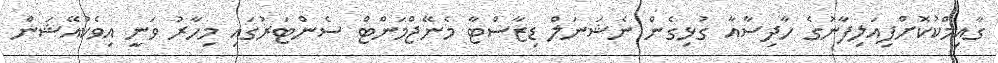
ގާއިމްކުކޮށްފިއަލިފާނުގެ ހާދިސާއާ ގުޅިގެން ނެޝަނަލް ޑިޒާސްޓާ މެނޭޖްމަންޓް ސެންޓަރުގައި މިހާރު ވަނީ އިވެކުއޭޝަން